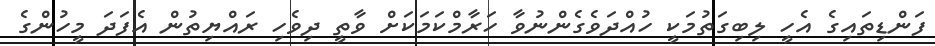
ފަންޑިތައިގެ އެހީ ލިބިގަތުމަކީ ހުއްދަވެގެންނުވާ ހަރާމްކަމަކަށް ވާތީ ދިވެހި ރައްޔިތުން އެފަދަ މީހުންގެ